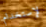
لإستخدام